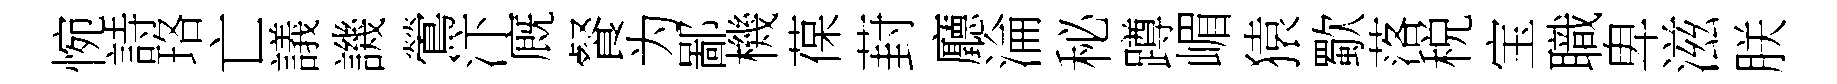
惋詩珞亡議譏鶯汴廐餐为鄙機葆葑廳淪秘蹲嵋猿歜落税宝職卑滋朕